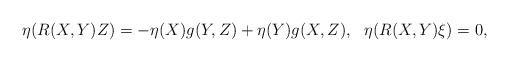
LaTeX: \begin{align*}\eta(R(X,Y)Z)=-\eta(X)g(Y,Z)+\eta(Y)g(X,Z), \ \ \eta(R(X,Y)\xi)=0,\end{align*}